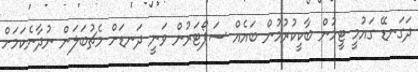
ދަގަނޑޭ ގައުމީ ޓީމުން ބާކީކުރުމުން ބައެއް ސަޕޯޓަރުން ވަނީ ދަނޑަށް މެޗުބަލަން ނުދާނެކަމަށް